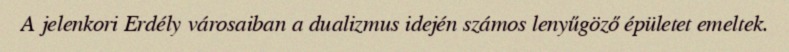
A jelenkori Erdély városaiban a dualizmus idején számos lenyűgöző épületet emeltek.